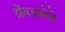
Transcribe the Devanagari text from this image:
डोंगररांगेने